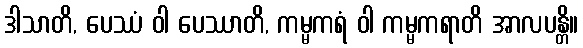
ဒါသာတိ, ပေဿံ ဝါ ပေဿာတိ, ကမ္မကရံ ဝါ ကမ္မကရာတိ အာလပန္တိ။